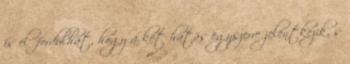
is előfordulhat, hogy a két hatás egyszerre jelentkezik, s